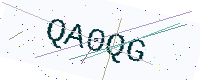
Text: QA0QG